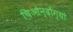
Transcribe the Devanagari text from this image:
चिओन्दोग्यो